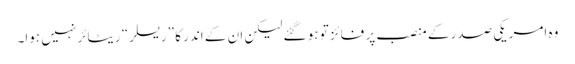
وہ امریکی صدر کے منصب پر فائز تو ہو گئے لیکن ان کے اندر کا ”ریسلر“ ریٹائر نہیں ہوا۔